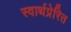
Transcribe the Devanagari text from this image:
स्वार्थप्रेरित